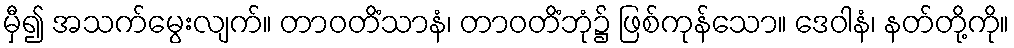
မှီ၍ အသက်မွေးလျက်။ တာဝတိံသာနံ၊ တာဝတိံဘုံ၌ ဖြစ်ကုန်သော။ ဒေဝါနံ၊ နတ်တို့ကို။